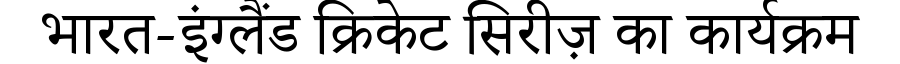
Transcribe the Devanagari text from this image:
भारत-इंग्लैंड क्रिकेट सिरीज़ का कार्यक्रम